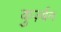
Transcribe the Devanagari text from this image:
कुर्ज़्बन